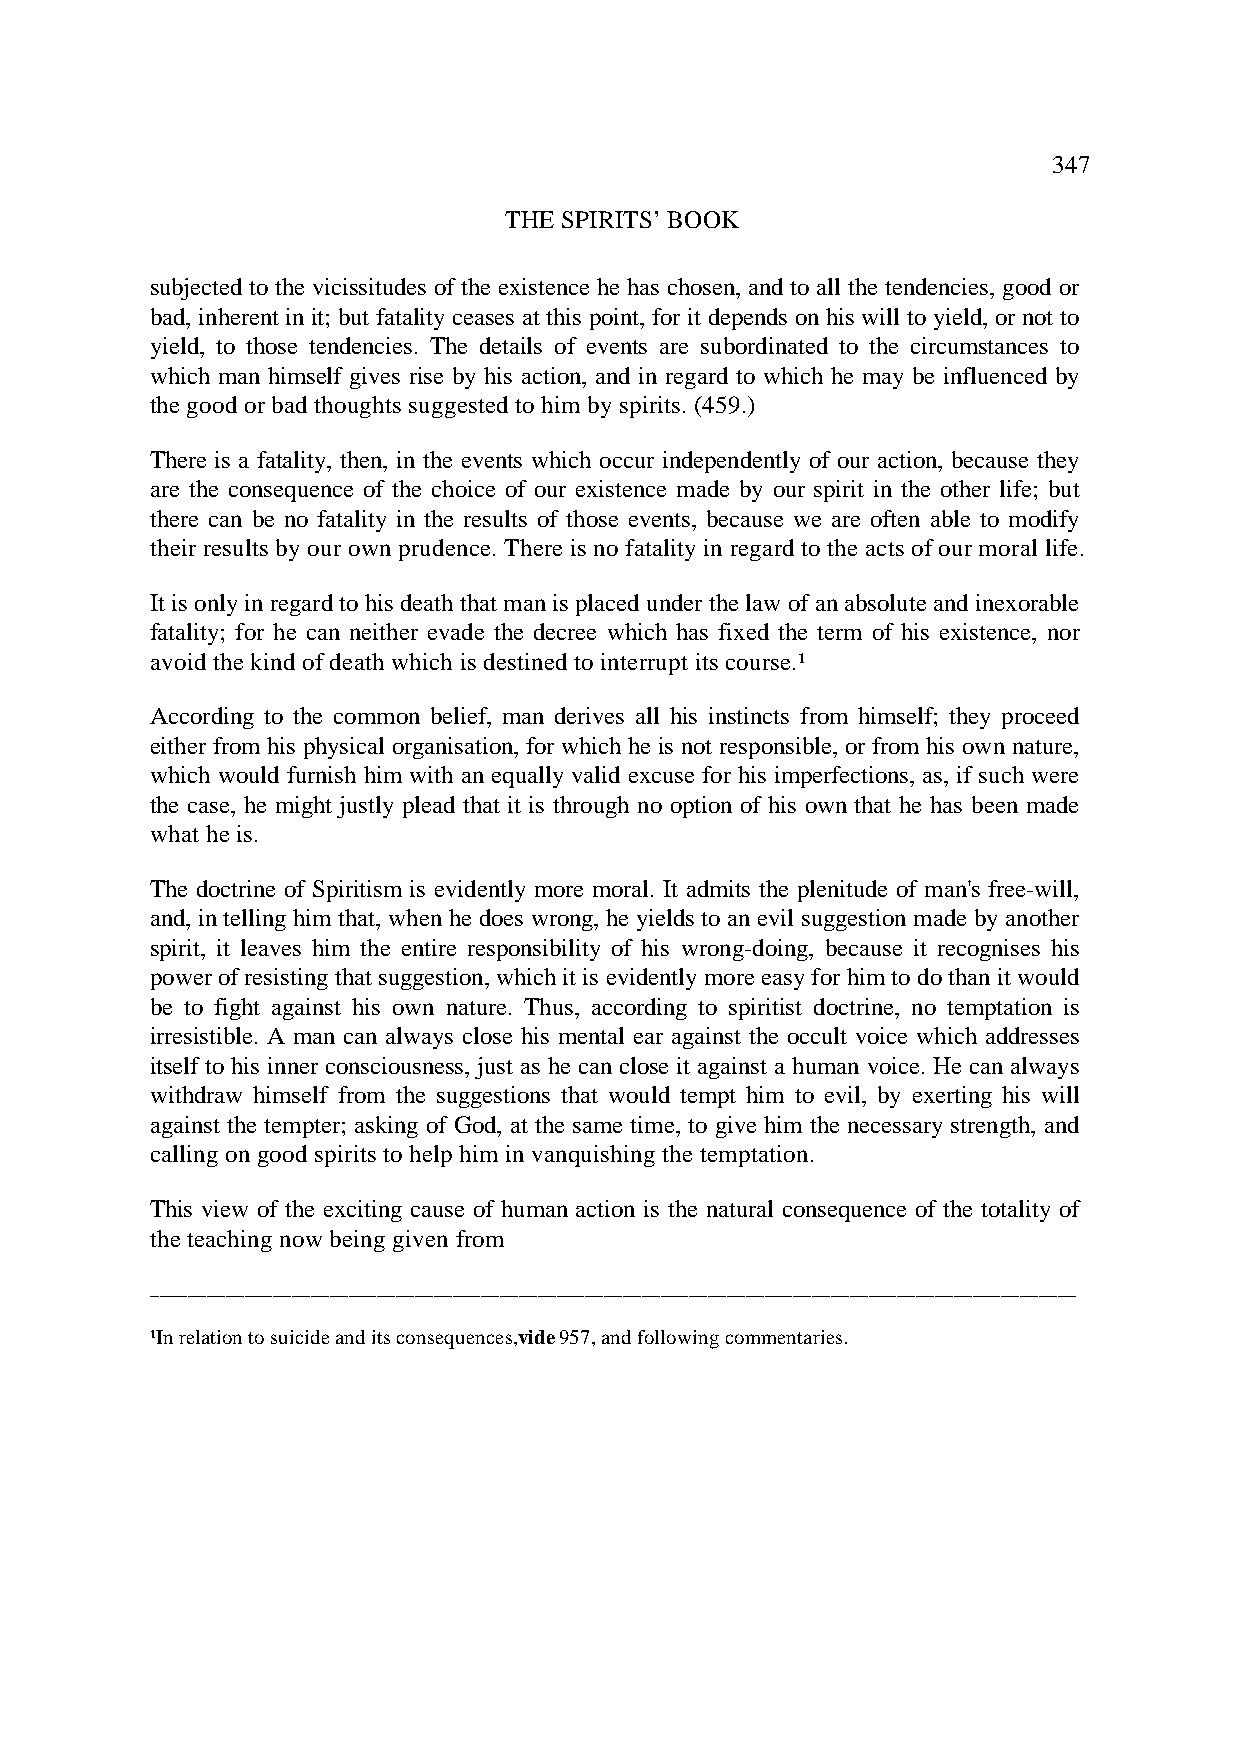
347
 THE SPIRITS’ BOOK
 subjected to the vicissitudes of the existence he has chosen, and to all the tendencies, good or
 bad, inherent in it; but fatality ceases at this point, for it depends on his will to yield, or not to
 yield, to those tendencies. The details of events are subordinated to the circumstances to
 which man himself gives rise by his action, and in regard to which he may be influenced by
 the good or bad thoughts suggested to him by spirits. (459.)
 There is a fatality, then, in the events which occur independently of our action, because they
 are the consequence of the choice of our existence made by our spirit in the other life; but
 there can be no fatality in the results of those events, because we are often able to modify
 their results by our own prudence. There is no fatality in regard to the acts of our moral life.
 It is only in regard to his death that man is placed under the law of an absolute and inexorable
 fatality; for he can neither evade the decree which has fixed the term of his existence, nor
 avoid the kind of death which is destined to interrupt its course.¹
 According to the common belief, man derives all his instincts from himself; they proceed
 either from his physical organisation, for which he is not responsible, or from his own nature,
 which would furnish him with an equally valid excuse for his imperfections, as, if such were
 the case, he might justly plead that it is through no option of his own that he has been made
 what he is.
 The doctrine of Spiritism is evidently more moral. It admits the plenitude of man's free-will,
 and, in telling him that, when he does wrong, he yields to an evil suggestion made by another
 spirit, it leaves him the entire responsibility of his wrong-doing, because it recognises his
 power of resisting that suggestion, which it is evidently more easy for him to do than it would
 be to fight against his own nature. Thus, according to spiritist doctrine, no temptation is
 irresistible. A man can always close his mental ear against the occult voice which addresses
 itself to his inner consciousness, just as he can close it against a human voice. He can always
 withdraw himself from the suggestions that would tempt him to evil, by exerting his will
 against the tempter; asking of God, at the same time, to give him the necessary strength, and
 calling on good spirits to help him in vanquishing the temptation.
 This view of the exciting cause of human action is the natural consequence of the totality of
 the teaching now being given from
 __________________________________________________________________________________________________
 ¹In relation to suicide and its consequences, vide 957, and following commentaries.